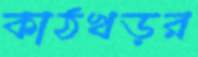
কাঠখড়র